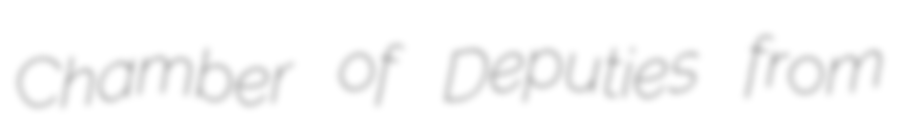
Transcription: Chamber of Deputies from